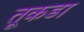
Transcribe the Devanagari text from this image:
तूकडा